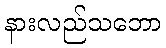
နားလည်သဘော